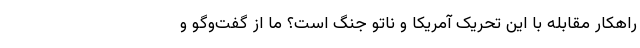
راهکار مقابله با این تحریک آمریکا و ناتو جنگ است؟ ما از گفت‌وگو و